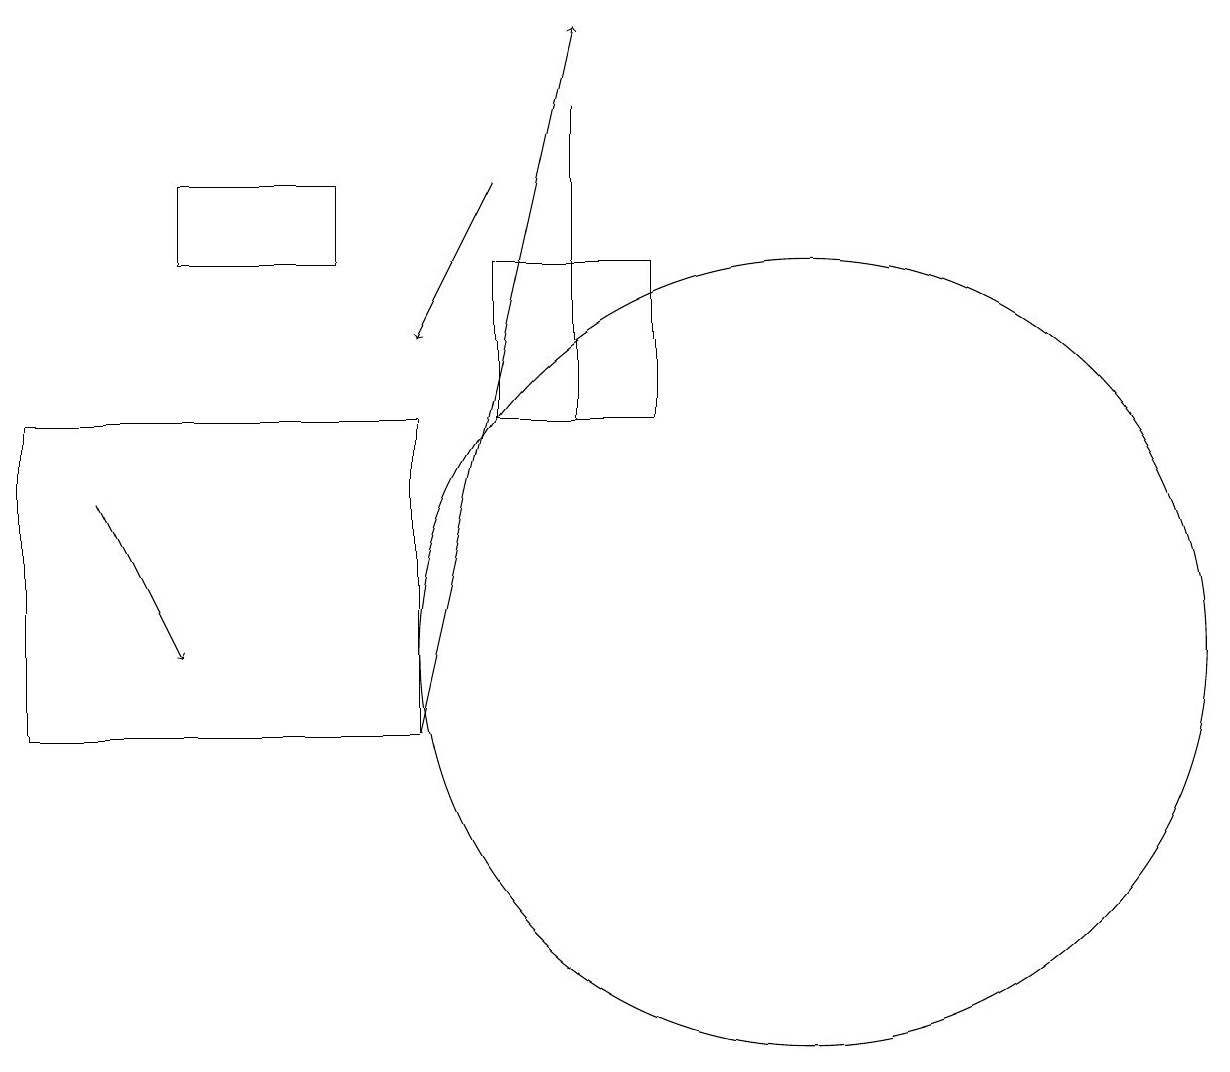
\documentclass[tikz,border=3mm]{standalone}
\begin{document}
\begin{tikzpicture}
\draw (7,18) rectangle (7,14);
\draw[->] (1,13) -- (2,11);
\draw (4,16) rectangle (2,17);
\draw (6,16) rectangle (8,14);
\draw[->] (5,10) -- (7,19);
\draw (10,11) circle (5);
\draw[->] (6,17) -- (5,15);
\draw (0,10) rectangle (5,14);
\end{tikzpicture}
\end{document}